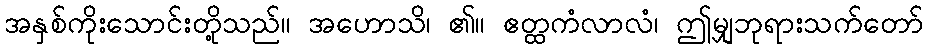
အနှစ်ကိုးသောင်းတို့သည်။ အဟောသိ၊ ၏။ ဧတ္ထကံလာလံ၊ ဤမျှဘုရားသက်တော်